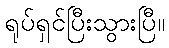
ရုပ်ရှင်ပြီးသွားပြီ။